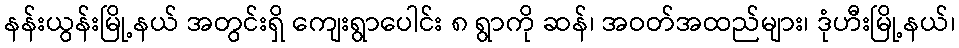
နန်းယွန်းမြို့နယ် အတွင်းရှိ ကျေးရွာပေါင်း ၈ ရွာကို ဆန်၊ အဝတ်အထည်များ၊ ဒုံဟီးမြို့နယ်၊